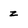
Character: z